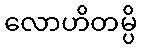
လောဟိတမ္ပိ